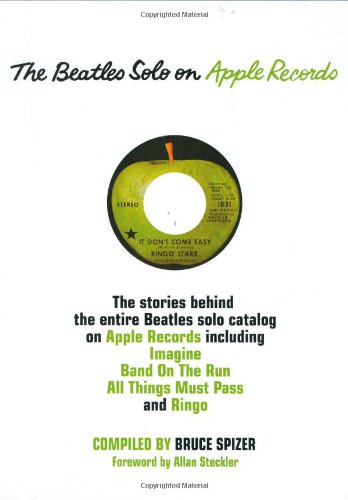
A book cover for The Beatles Solo on Apple Records; Bruce Spizer; Humor & Entertainment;